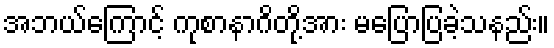
အဘယ်ကြောင့် ကုစာနာဂိတို့အား မပြောပြခဲ့သနည်း။